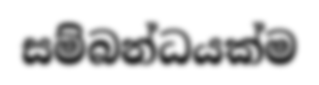
සම්බන්ධයක්ම